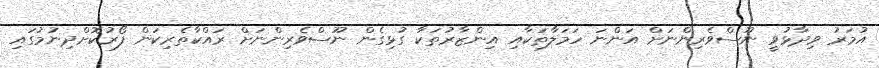
އުމަރު ވިދާޅުވީ ނޫސްވެރިންނަށް އަންނަ ހަމަލާތަކާއި އިންޒާރުތަކާ ގުޅިގެން ނޫސްވެރިންނަށް ރައްކާތެރިކަން ފޯރުކޮށްދިނުމުގައި